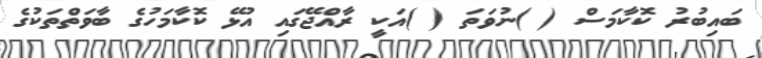
ބައިބުރު ކޮކާމަސް ( )ނުވަތަ ( )އަކީ ރާއްޖޭގައި އުޅޭ ކޮކާމަހުގެ ބާވަތްތަކުގެ